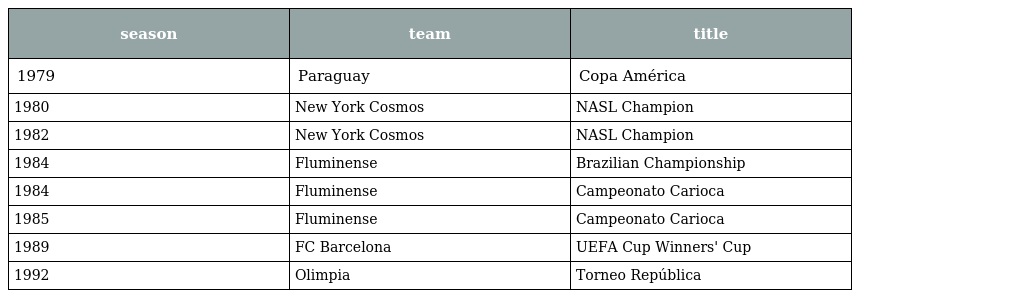
| season | team | title |
 | --- | --- | --- |
 | 1979 | Paraguay | Copa América |
 | 1980 | New York Cosmos | NASL Champion |
 | 1982 | New York Cosmos | NASL Champion |
 | 1984 | Fluminense | Brazilian Championship |
 | 1984 | Fluminense | Campeonato Carioca |
 | 1985 | Fluminense | Campeonato Carioca |
 | 1989 | FC Barcelona | UEFA Cup Winners' Cup |
 | 1992 | Olimpia | Torneo República |